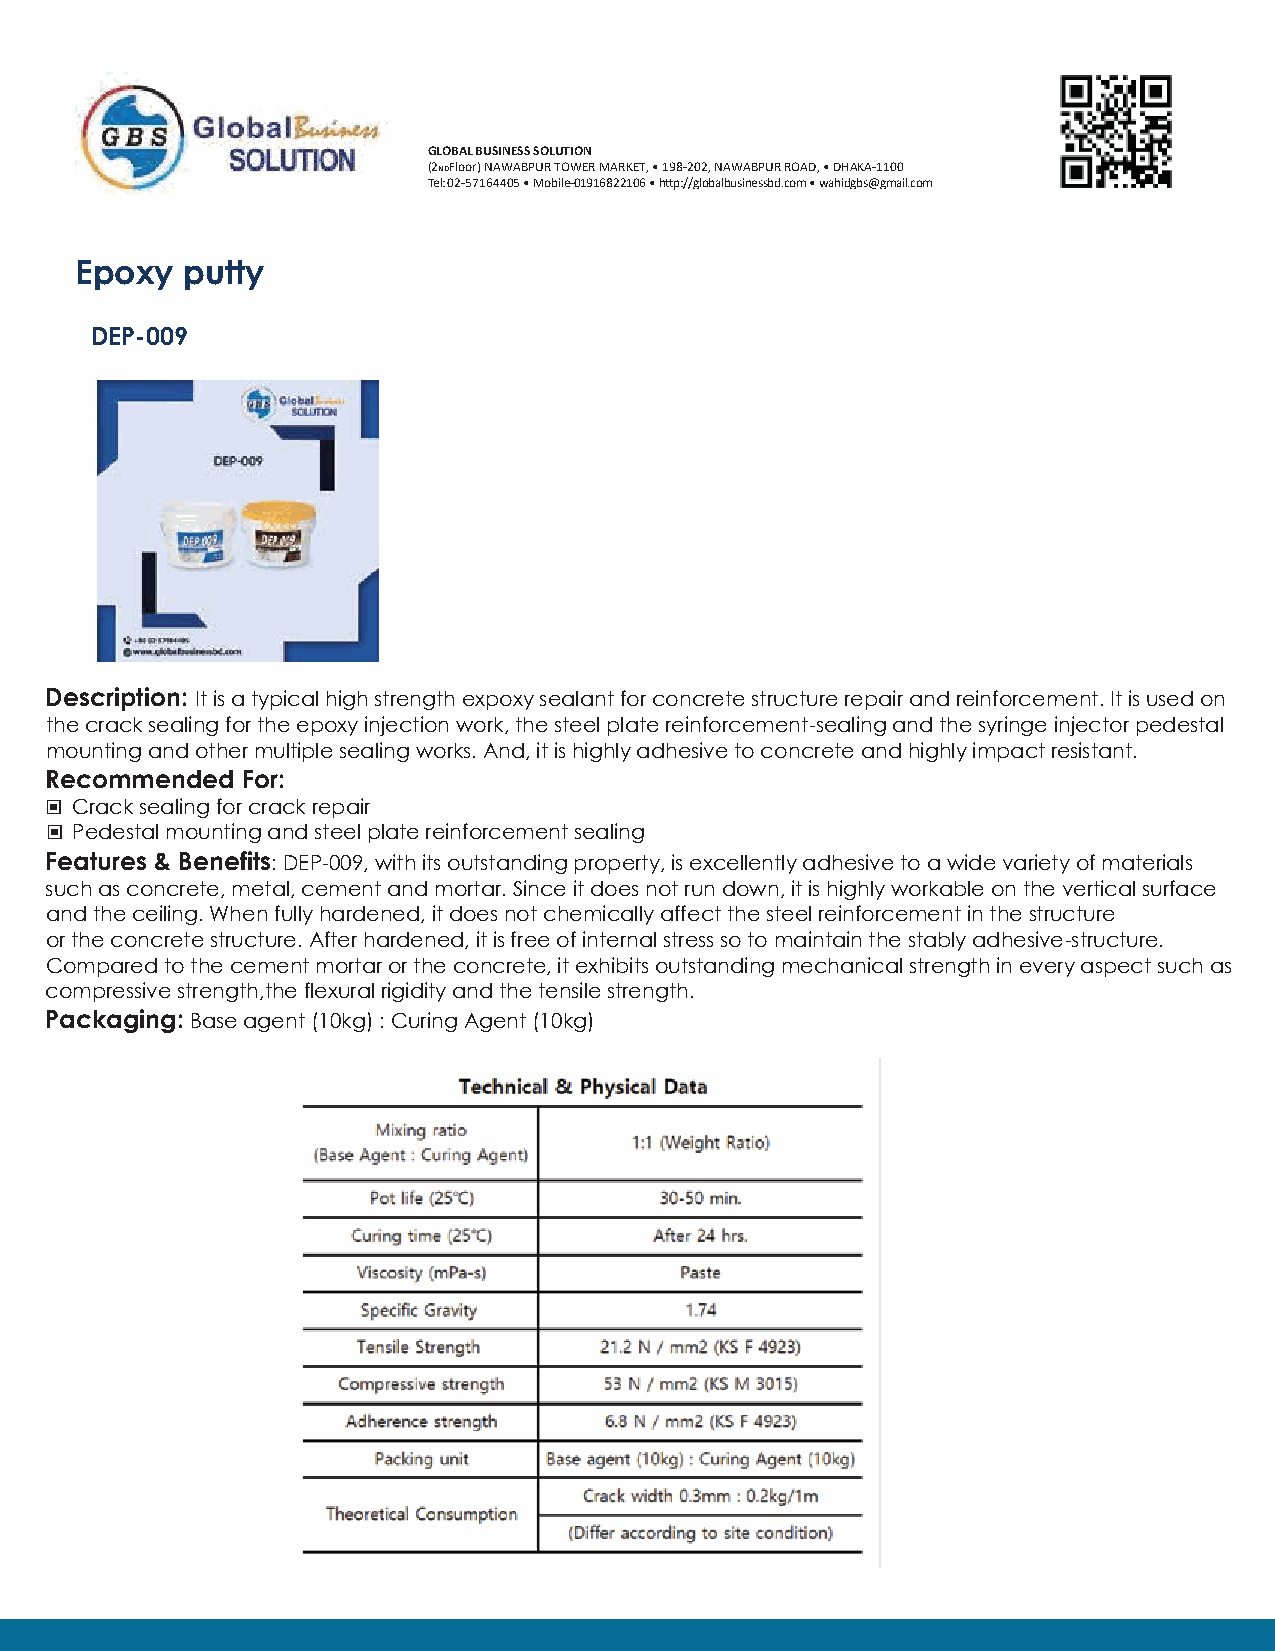
GLOBAL BUSINESS SOLUTION
 (2NDFloor) NAWABPUR TOWER MARKET, • 198-202, NAWABPUR ROAD, • DHAKA-1100
 Tel: 02-57164405 • Mobile-01916822106 • h�p://globalbusinessbd.com • wahidgbs@gmail.com
 Epoxy  putty
 DEP-009
 Description: It is a typical high strength expoxy sealant for concrete structure repair and reinforcement. It is used on
 the crack sealing for the epoxy injection work, the steel plate reinforcement-sealing and the syringe injector pedestal
 mounting and other multiple sealing works. And, it is highly adhesive to concrete and highly impact resistant.
 Recommended  For:
 Crack sealing for crack repair
 Pedestal mounting and steel plate reinforcement sealing
 ▣
 Features & Benefits: DEP-009, with its outstanding property, is excellently adhesive to a wide variety of materials
 ▣
 such as concrete, metal, cement and mortar. Since it does not run down, it is highly workable on the vertical surface
 and the ceiling. When fully hardened, it does not chemically affect the steel reinforcement in the structure
 or the concrete structure. After hardened, it is free of internal stress so to maintain the stably adhesive-structure.
 Compared to the cement mortar or the concrete, it exhibits outstanding mechanical strength in every aspect such as
 compressive strength,the flexural rigidity and the tensile strength.
 Packaging: Base agent (10kg) : Curing Agent (10kg)